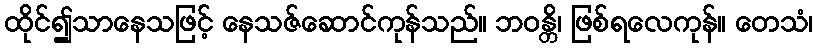
ထိုင်၍သာနေသဖြင့် နေသဇ်ဆောင်ကုန်သည်။ ဘဝန္တိ၊ ဖြစ်ရလေကုန်။ တေသံ၊